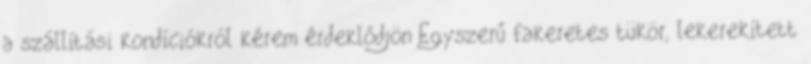
a szállítási kondíciókról kérem érdeklődjön Egyszerű fakeretes tükör, lekerekített